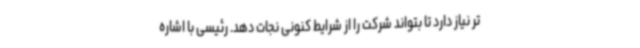
تر نیاز دارد تا بتواند شرکت را از شرایط کنونی نجات دهد. رئیسی با اشاره